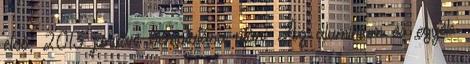
első, 2013 januári bemutatása után. Az alumínium és egyéb